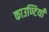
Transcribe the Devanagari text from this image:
काउण्टियाँ